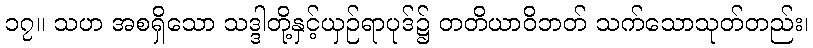
၁၇။ သဟ အစရှိသော သဒ္ဒါတို့နှင့်ယှဉ်ရာပုဒ်၌ တတိယာဝိဘတ် သက်သောသုတ်တည်း၊